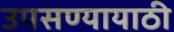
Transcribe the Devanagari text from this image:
उपसण्यायाठी